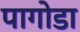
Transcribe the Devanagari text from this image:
पागोडा